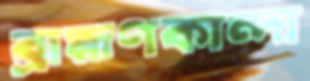
ব্রাহ্মণকান্দা